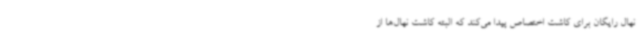
نهال رایگان برای کاشت اختصاص پیدا می‌کند که البته کاشت نهال‌ها از